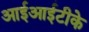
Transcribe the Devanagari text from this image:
आईआईटीके